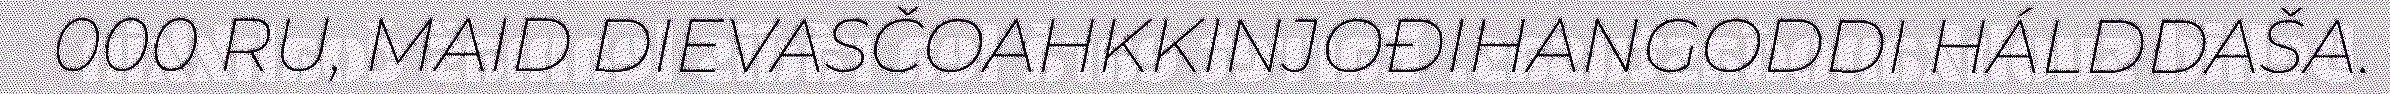
000 RU, MAID DIEVASČOAHKKINJOĐIHANGODDI HÁLDDAŠA.